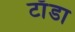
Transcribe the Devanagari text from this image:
टाँडा